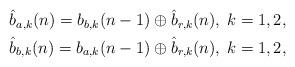
LaTeX: \begin{align*} \begin{aligned}\hat b_{a,k}(n) = b_{b,k}(n-1) \oplus \hat b_{r, k} (n),\; k=1,2, \\\hat b_{b,k}(n) = b_{a,k}(n-1) \oplus \hat b_{r, k} (n),\; k=1,2,\end{aligned}\end{align*}